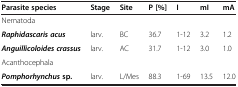
<table><thead><tr><td><b>Parasite species</b></td><td><b>Stage</b></td><td><b>Site</b></td><td><b>P [%]</b></td><td><b>I</b></td><td><b>mI</b></td><td><b>mA</b></td></tr></thead><tbody><tr><td>Nematoda</td><td></td><td></td><td></td><td></td><td></td><td></td></tr><tr><td><b><i>Raphidascaris acus</i></b></td><td>larv.</td><td>BC</td><td>36.7</td><td>1-12</td><td>3.2</td><td>1.2</td></tr><tr><td><b><i>Anguillicoloides crassus</i></b></td><td>larv.</td><td>AC</td><td>31.7</td><td>1-12</td><td>3.0</td><td>1.0</td></tr><tr><td>Acanthocephala</td><td></td><td></td><td></td><td></td><td></td><td></td></tr><tr><td><b><i>Pomphorhynchus</i></b><b>sp.</b></td><td>larv.</td><td>L/Mes</td><td>88.3</td><td>1-69</td><td>13.5</td><td>12.0</td></tr></tbody></table>